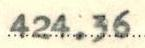
424.36